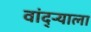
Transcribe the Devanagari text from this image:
वांद्‌ऱ्याला